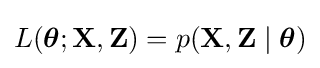
L({\boldsymbol {\theta }};\mathbf {X} ,\mathbf {Z} )=p(\mathbf {X} ,\mathbf {Z} \mid {\boldsymbol {\theta }})